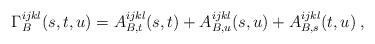
LaTeX: \begin{align*}\Gamma^{ijkl}_B(s,t,u)=A^{ijkl}_{B,t}(s,t) + A^{ijkl}_{B,u}(s,u) + A^{ijkl}_{B,s}(t,u) \:,\end{align*}